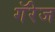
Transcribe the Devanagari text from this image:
गॅरेज